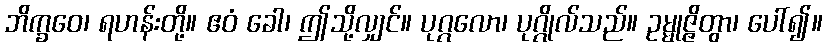
ဘိက္ခဝေ၊ ရဟန်းတို့။ ဧဝံ ခေါ၊ ဤသို့လျှင်။ ပုဂ္ဂလော၊ ပုဂ္ဂိုလ်သည်။ ဥမ္မုဇ္ဇိတွာ၊ ပေါ်၍။